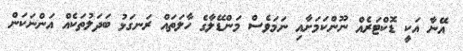
އޭނާ އަކީ ޑޮކްޓަރެއް ނޫންކަމަށާއި ނަމަވެސް މަންޑޭލާގެ ހާލަތައް ރަނގަޅު ބަދަލުތަކެއް އަންނަކަން